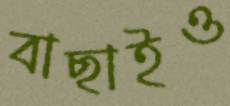
বাছাইও